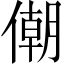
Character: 𠎫